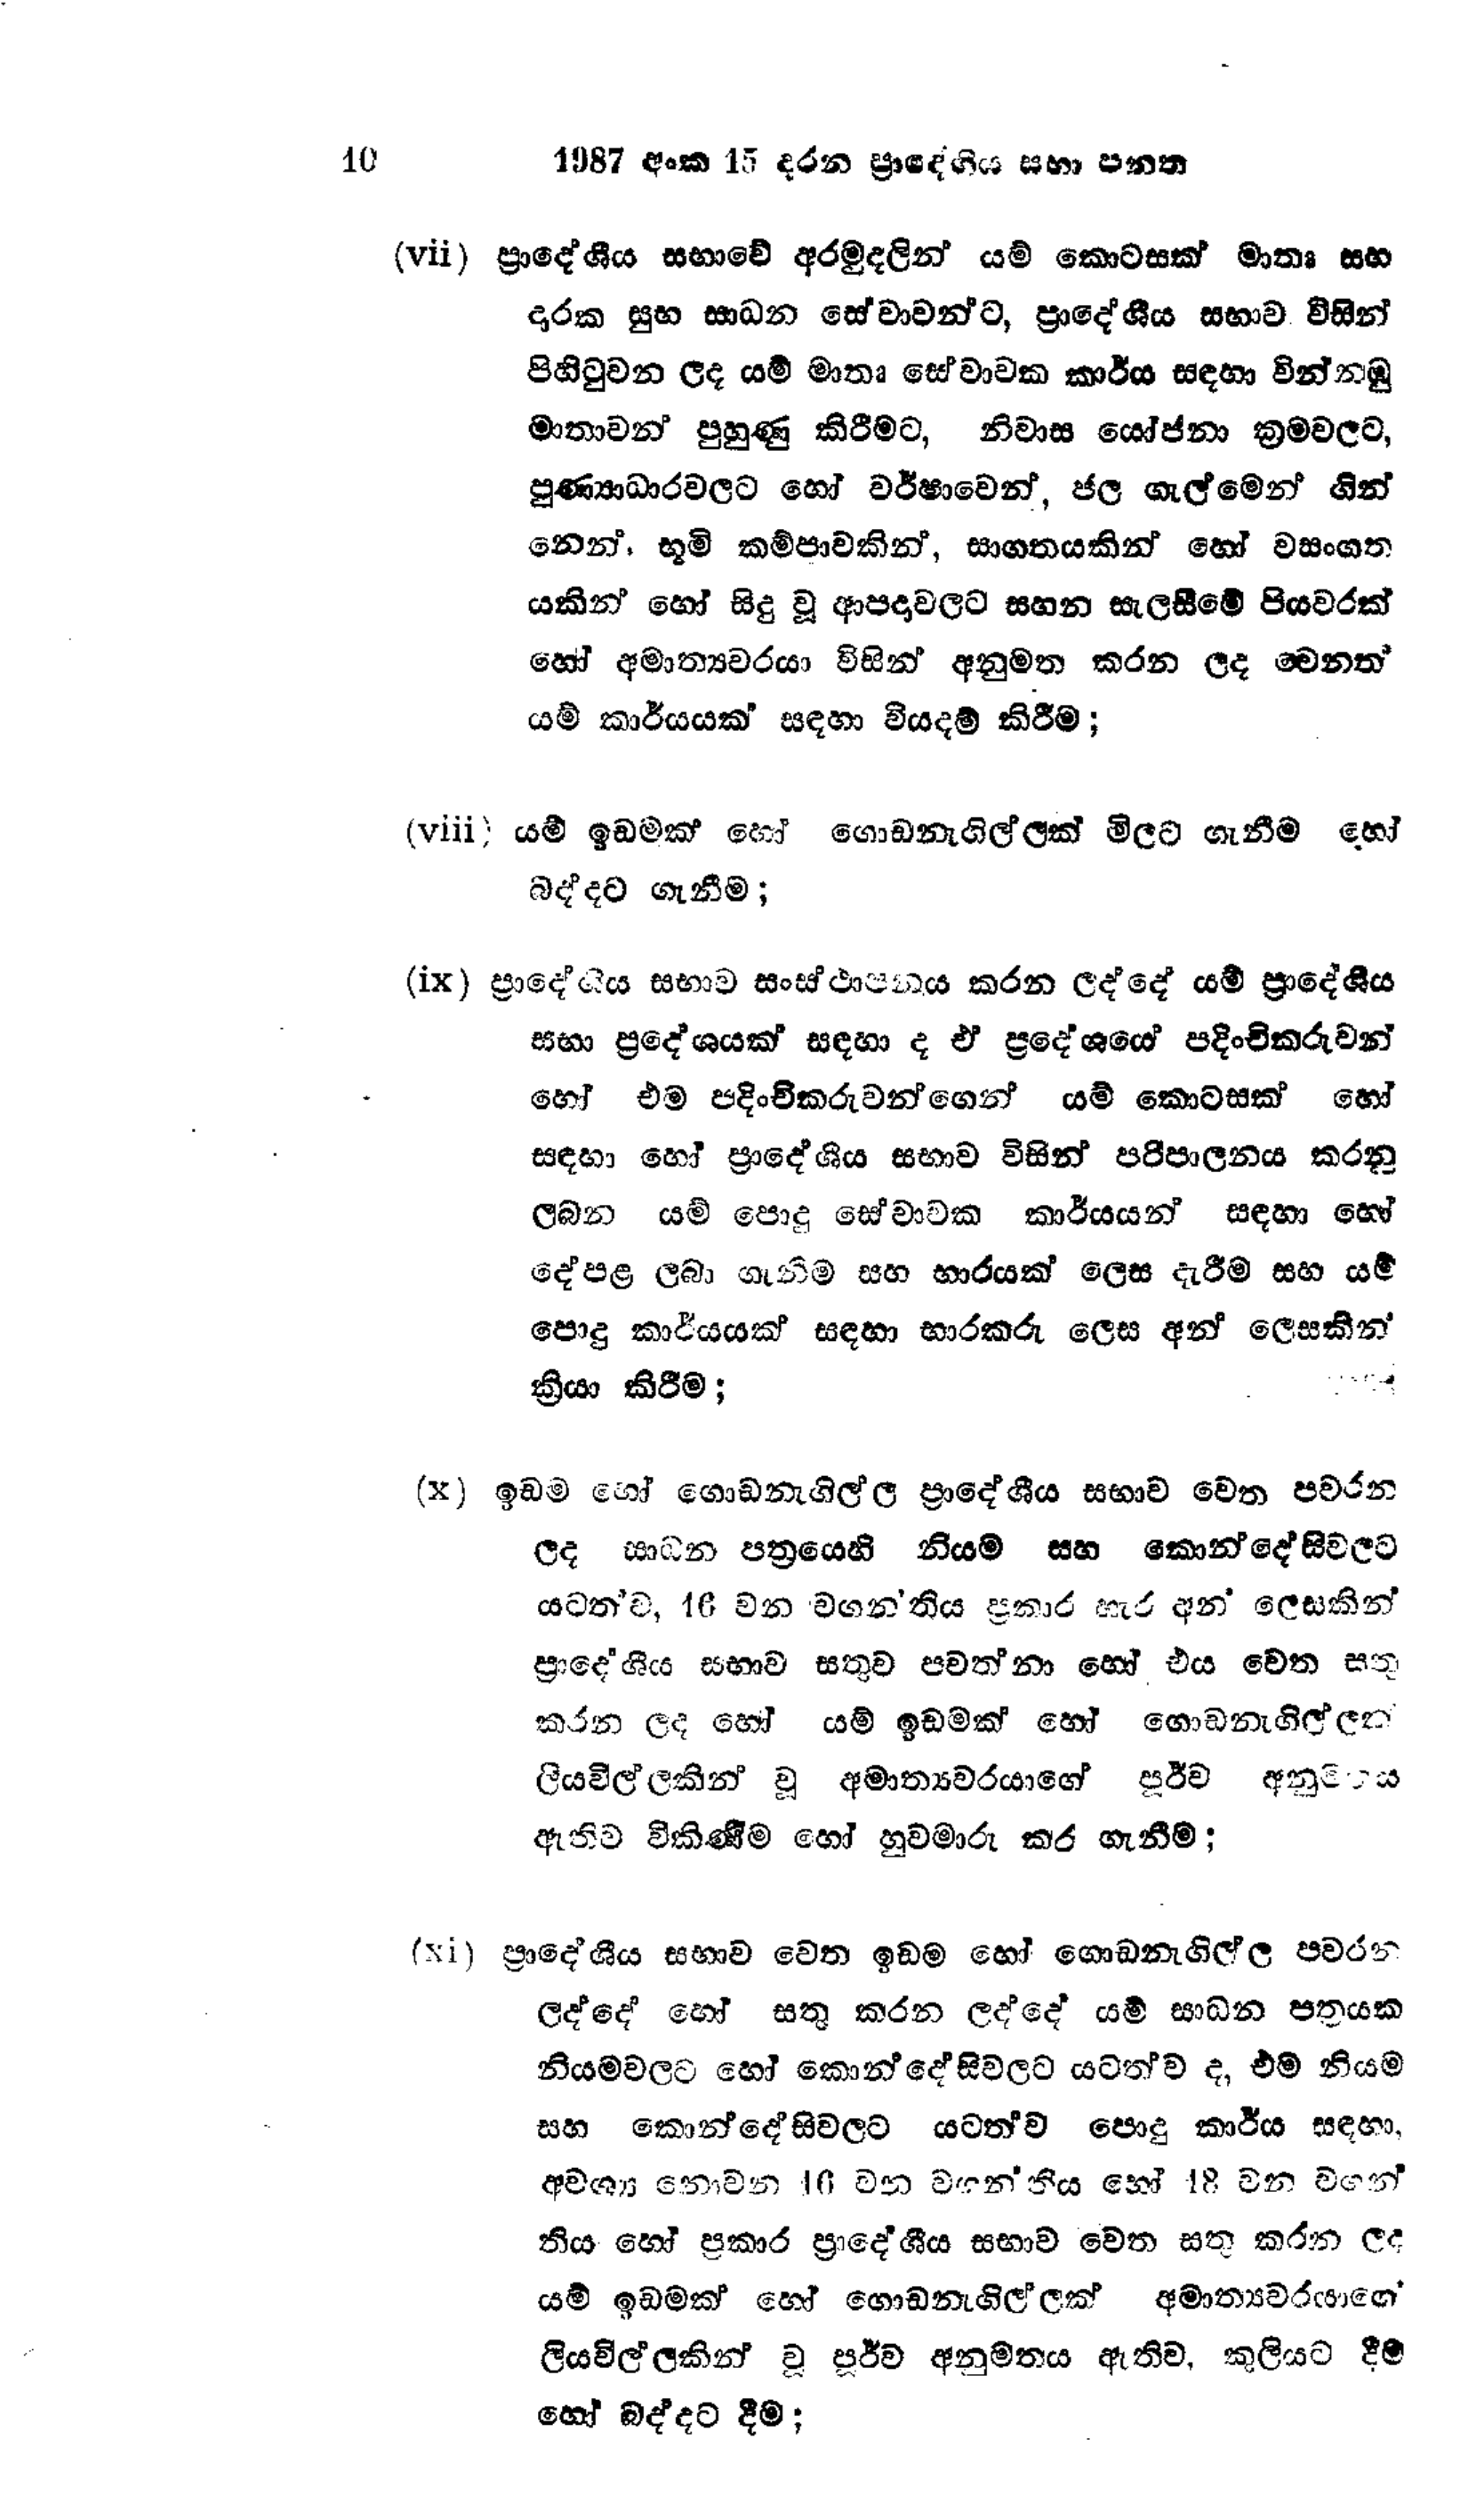
10 1987 අංක 15 දරන ප්‍රාදේශිය සභා පනත

(vii) ප්‍රාදේශීය සභාවේ අරමුදලින් යම් කොටසක් මාතෘ සහ
දාරක සුභ සාධන සේවාවන්ට, ප්‍රාදේශීය සභාව විසින්
පිහිටුවන ලද යම් මාතෘ සේවාවක කාර්ය සඳහා වින්නඹු
මාතාවන් පුහුණු කිරීමට, නිවාස යෝජනා ක්‍රමවලට,
පුණ්‍යාධාර වලට හෝ වර්ෂාවෙන්, ජල ගැල්මෙන් ගින්
නෙන්, භූමි කම්පාවකින්, සාගතයකින් හෝ වසංගත
යකින් හෝ සිදු වූ ආපදා වලට සහන සැලසීමේ පියවරක්
හෝ අමාත්‍යවරයා විසින් අනුමත කරන ලද වෙනත්
යම් කාර්යයක් සඳහා වියදම් කිරීම;

(viii) යම් ඉඩමක් හෝ ගොඩනැගිල්ලක් මිලට ගැනීම හෝ
බද්දට ගැනීම;

(ix) ප්‍රාදේශීය සභාව සංස්ථාපනය කරන ලද්දේ යම් ප්‍රාදේශීය
සභා ප්‍රදේශයක් සඳහා ද ඒ ප්‍රදේශයෙ පදිංචිකරුවන්
හෝ එම පදිංචිකරුවන්ගෙන් යම් කොටසක් හෝ
සඳහා හෝ ප්‍රාදේශීය සභාව විසින් පරිපාලනය කරනු
ලබන යම් පොදු සේවාවක කාර්යයන් සඳහා හෝ
දේපළ ලබා ගැනීම සහ භාරයක් ලෙස දැරීම සහ යම්
පොදු කාර්යයක් සඳහා භාරකරු ලෙස අන් ලෙසකින
ක්‍රියා කිරීම;

(x) ඉඩම හෝ ගොඩනැගිල්ල ප්‍රාදේශීය සභාව වෙත පවරන
ලද සාධන පත්‍රයෙහි නියම සහ කොන්දේසිවලට
යටත්ව, 16 වන වගන්තිය ප්‍රකාර හැර අන් ලෙසකින්
ප්‍රාදේශීය සභාව සතුව පවන්නා හෝ එය වෙත සතු
කරන ලද හෝ යම් ඉඩමක් හෝ ගොඩනැගිල්ලක්
ලියවිල්ලකින් වූ අමාත්‍යවරයාගේ පූර්ව අනුමිතය.
ඇතිව විකිණීම හෝ හුවමාරු කර ගැනීම;

(xi) ප්‍රාදේශීය සභාව වෙත ඉඩම හෝ ගොඩනැගිල්ල පවරන
ලද්දේ හෝ සතු කරන ලද්දේ යම් සාධන පත්‍රයක
නියම් වලට හෝ කොන්දේසිවලට යටත්ව ද, එම නියම
සහ කොන්දේසිවලට යටත්ව පොදු කාර්ය සඳහා,
අවශ්‍ය නොවන 16 වන වගන්තිය හෝ 18 වන වගන්
තිය හෝ ප්‍රකාර ප්‍රාදේශීය සභාව වෙත සතු කරන ලද
යම් ඉඩමක් හෝ ගොඩනැගිල්ලක් අමාත්‍යවරයාගේ
ලියවිල්ලකින් වූ පූර්ව අනුමතය ඇතිව, කුලියට දීම
හෝ බද්දට දීම;